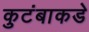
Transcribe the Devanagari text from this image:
कुटंबाकडे